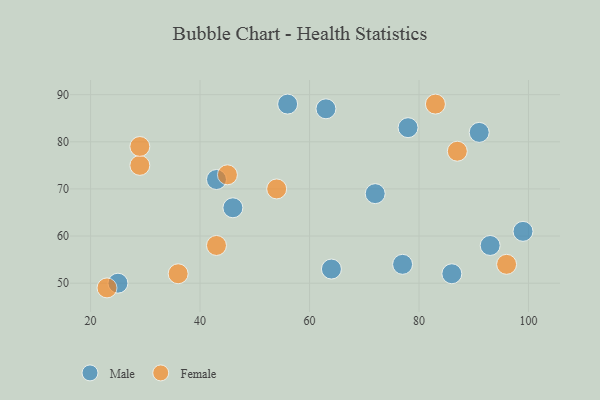
{"axis": {"x": "GDP", "y": "Life Expectancy"}, "legend": ["Female", "Male"], "data": [{"x": "46", "y": 66, "type": "Male"}, {"x": "56", "y": 88, "type": "Male"}, {"x": "43", "y": 72, "type": "Male"}, {"x": "78", "y": 83, "type": "Male"}, {"x": "25", "y": 50, "type": "Male"}, {"x": "72", "y": 69, "type": "Male"}, {"x": "99", "y": 61, "type": "Male"}, {"x": "91", "y": 82, "type": "Male"}, {"x": "77", "y": 54, "type": "Male"}, {"x": "86", "y": 52, "type": "Male"}, {"x": "64", "y": 53, "type": "Male"}, {"x": "93", "y": 58, "type": "Male"}, {"x": "63", "y": 87, "type": "Male"}, {"x": "45", "y": 73, "type": "Female"}, {"x": "29", "y": 75, "type": "Female"}, {"x": "96", "y": 54, "type": "Female"}, {"x": "29", "y": 79, "type": "Female"}, {"x": "43", "y": 58, "type": "Female"}, {"x": "36", "y": 52, "type": "Female"}, {"x": "83", "y": 88, "type": "Female"}, {"x": "23", "y": 49, "type": "Female"}, {"x": "54", "y": 70, "type": "Female"}, {"x": "87", "y": 78, "type": "Female"}]}